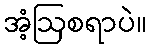
အံ့ဩစရာပဲ။